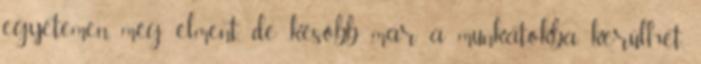
egyetemen még elment, de később már a munkátokba kerülhet.